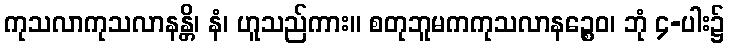
ကုသလာကုသလာနန္တိ၊ နံ၊ ဟူသည်ကား။ စတုဘူမကကုသလာနဉ္စေဝ၊ ဘုံ ၄-ပါး၌